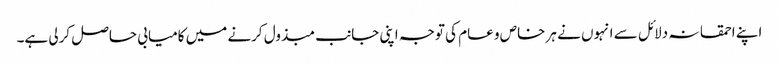
اپنے احمقانہ دلائل سے انہوں نے ہر خاص و عام کی توجہ اپنی جانب مبذول کرنے میں کامیابی حاصل کرلی ہے۔